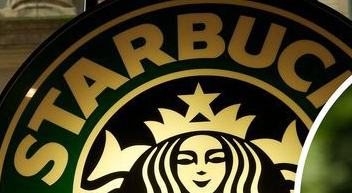
STARBUC